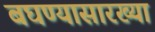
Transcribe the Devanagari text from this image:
बघण्यासारख्या